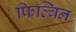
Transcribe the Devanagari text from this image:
फिल्बिन